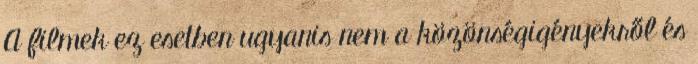
A filmek ez esetben ugyanis nem a közönségigényekről és